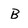
Character: B